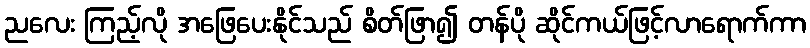
ညလေး ကြည့်လို အဖြေပေးနိုင်သည် စိတ်ဖြာ၍ တန်ပို ဆိုင်ကယ်ဖြင့်လာရောက်ကာ